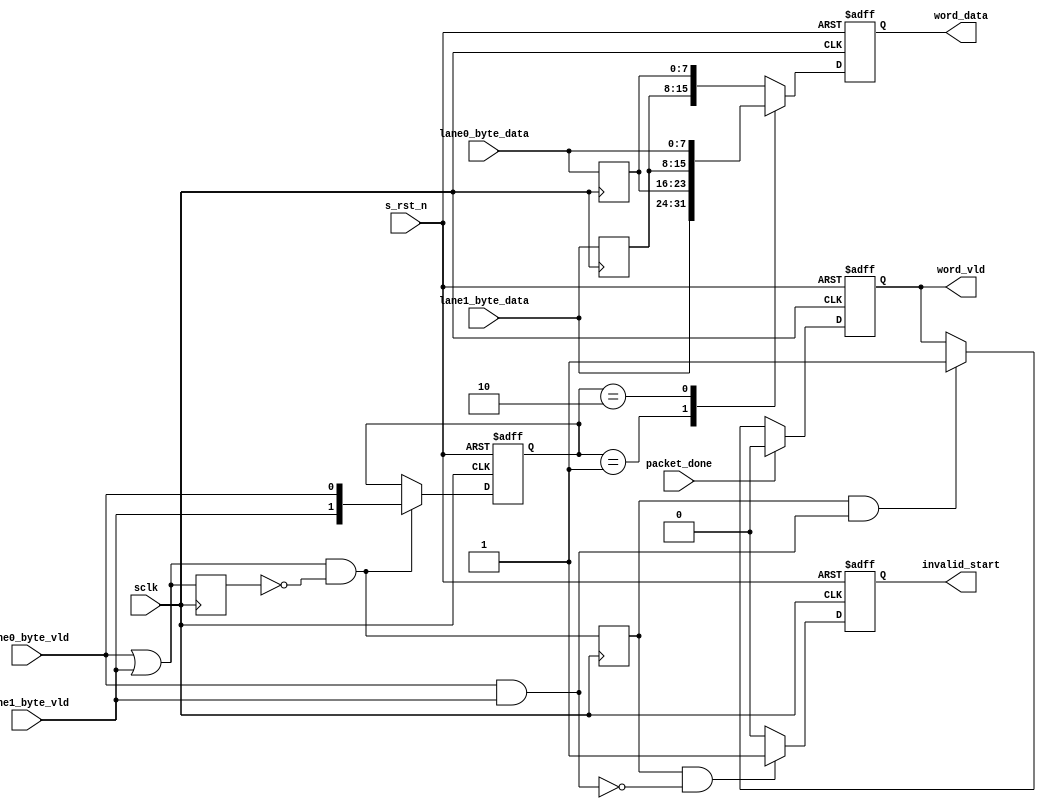
module  lane_align(
        // system signals
        input                   sclk                    ,       
        input                   s_rst_n                 ,       
        // MIPI Lane Data
        input           [ 7:0]  lane0_byte_data         ,       
        input           [ 7:0]  lane1_byte_data         ,       
        input                   lane0_byte_vld          ,       
        input                   lane1_byte_vld          ,       
        // 
        output  reg     [15:0]  word_data               ,       
        output  reg             word_vld                ,       
        input                   packet_done             ,             
        output  reg             invalid_start                  
);

//========================================================================\
// =========== Define Parameter and Internal signals =========== 
//========================================================================/
localparam      LANE0_FIRST     =       2'b01                   ;
localparam      LANE1_FIRST     =       2'b10                   ;
localparam      NONE_FIRST      =       2'b11                   ;


wire                            lane_vld_or                     ;       
reg                             lane_vld_or_r1                  ;       
wire                            lane_vld_or_pos                 ;       
reg                             lane_vld_or_pos_r1              ;       
        
reg     [ 7:0]                  lane0_byte_data_r1              ;       
reg     [ 7:0]                  lane1_byte_data_r1              ;       
reg                             lane0_byte_vld_r1               ;       
reg                             lane1_byte_vld_r1               ;       
reg     [ 1:0]                  tap                             ;       

wire                            lane_vld_and                    ;       

//=============================================================================
//**************    Main Code   **************
//=============================================================================

always  @(posedge sclk) begin
        lane0_byte_data_r1      <=      lane0_byte_data;
        lane1_byte_data_r1      <=      lane1_byte_data;
        lane0_byte_vld_r1       <=      lane0_byte_vld;
        lane1_byte_vld_r1       <=      lane1_byte_vld;
        lane_vld_or_pos_r1      <=      lane_vld_or_pos;
        lane_vld_or_r1          <=      lane_vld_or;
end

assign  lane_vld_or     =       lane0_byte_vld | lane1_byte_vld;
assign  lane_vld_or_pos =       lane_vld_or & (~lane_vld_or_r1);
assign  lane_vld_and    =       lane0_byte_vld & lane1_byte_vld;

always  @(posedge sclk or negedge s_rst_n) begin
        if(s_rst_n == 1'b0)
                tap     <=      NONE_FIRST;
        else if(lane_vld_or_pos == 1'b1)
                tap     <=      {lane1_byte_vld, lane0_byte_vld};
end

always  @(posedge sclk or negedge s_rst_n) begin
        if(s_rst_n == 1'b0)
                invalid_start   <=      1'b0;
        else if(lane_vld_or_pos_r1 == 1'b1 && lane_vld_and == 1'b0)
                invalid_start   <=      1'b1;
        else
                invalid_start   <=      1'b0;
end

always  @(posedge sclk or negedge s_rst_n) begin
        if(s_rst_n == 1'b0)
                word_vld        <=      1'b0;
        else if(packet_done == 1'b1)
                word_vld        <=      1'b0;
        else if(lane_vld_or_pos_r1 == 1'b1 && lane_vld_and == 1'b1)
                word_vld        <=      1'b1;
end

always  @(posedge sclk or negedge s_rst_n) begin
        if(s_rst_n == 1'b0) begin
                word_data       <=      16'h0;
        end
        else case(tap)
                LANE0_FIRST: begin
                        word_data       <=      {lane1_byte_data, lane0_byte_data_r1};                  
                end
                LANE1_FIRST: begin
                        word_data       <=      {lane1_byte_data_r1, lane0_byte_data};                  
                end
                NONE_FIRST: begin
                        word_data       <=      {lane1_byte_data_r1, lane0_byte_data_r1};                  
                end
                default: begin
                        word_data       <=      {lane1_byte_data_r1, lane0_byte_data_r1};                  
                end
        endcase
end




endmodule